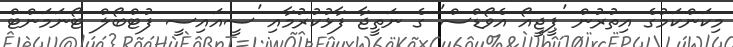
މިކަންކަމުގެ އިތުރުން 'ޕީޖީއޯ އެވޯޑްސް' ގެ ނަތީޖާ ފާޅުކުރުމާއި 'ސީއައިސީ ފުޓްބޯލް ޓޯނަމަންޓް